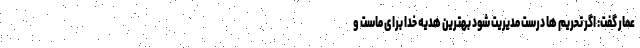
عمار گفت: اگر تحریم ها درست مدیریت شود بهترین هدیه خدا برای ماست و